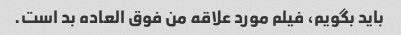
باید بگویم، فیلم مورد علاقه من فوق العاده بد است.